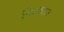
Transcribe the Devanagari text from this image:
किकाज